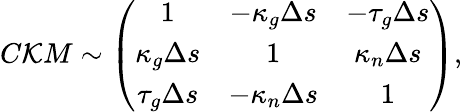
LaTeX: C\mathcal{K}M\sim\left(\begin{array}{ccc}{{1}}&{{-\kappa_{g}\Delta s}}&{{-\tau_{g}\Delta s}}\\ {{\kappa_{g}\Delta s}}&{{1}}&{{\kappa_{n}\Delta s}}\\ {{\tau_{g}\Delta s}}&{{-\kappa_{n}\Delta s}}&{{1}}\end{array}\right),